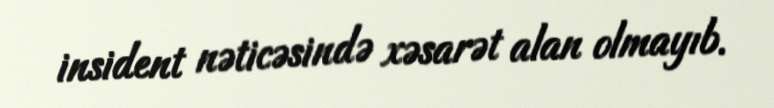
insident nəticəsində xəsarət alan olmayıb.